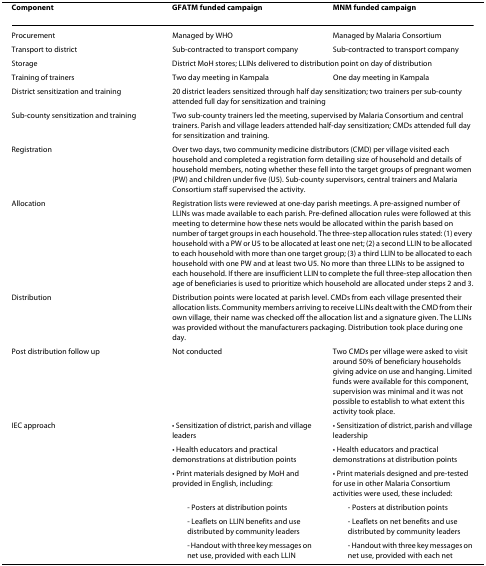
<table><thead><tr><td><b>Component</b></td><td><b>GFATM funded campaign</b></td><td><b>MNM funded campaign</b></td></tr></thead><tbody><tr><td>Procurement</td><td>Managed by WHO</td><td>Managed by Malaria Consortium</td></tr><tr><td>Transport to district</td><td>Sub-contracted to transport company</td><td>Sub-contracted to transport company</td></tr><tr><td>Storage</td><td colspan="2">District MoH stores; LLINs delivered to distribution point on day of distribution</td></tr><tr><td>Training of trainers</td><td>Two day meeting in Kampala</td><td>One day meeting in Kampala</td></tr><tr><td>District sensitization and training</td><td colspan="2">20 district leaders sensitized through half day sensitization; two trainers per sub-county attended full day for sensitization and training</td></tr><tr><td>Sub-county sensitization and training</td><td colspan="2">Two sub-county trainers led the meeting, supervised by Malaria Consortium and central trainers. Parish and village leaders attended half-day sensitization; CMDs attended full day for sensitization and training.</td></tr><tr><td>Registration</td><td colspan="2">Over two days, two community medicine distributors (CMD) per village visited each household and completed a registration form detailing size of household and details of household members, noting whether these fell into the target groups of pregnant women (PW) and children under five (U5). Sub-county supervisors, central trainers and Malaria Consortium staff supervised the activity.</td></tr><tr><td>Allocation</td><td colspan="2">Registration lists were reviewed at one-day parish meetings. A pre-assigned number of LLINs was made available to each parish. Pre-defined allocation rules were followed at this meeting to determine how these nets would be allocated within the parish based on number of target groups in each household. The three-step allocation rules stated: (1) every household with a PW or U5 to be allocated at least one net; (2) a second LLIN to be allocated to each household with more than one target group; (3) a third LLIN to be allocated to each household with one PW and at least two U5. No more than three LLINs to be assigned to each household. If there are insufficient LLIN to complete the full three-step allocation then age of beneficiaries is used to prioritize which household are allocated under steps 2 and 3.</td></tr><tr><td>Distribution</td><td colspan="2">Distribution points were located at parish level. CMDs from each village presented their allocation lists. Community members arriving to receive LLINs dealt with the CMD from their own village, their name was checked off the allocation list and a signature given. The LLINs was provided without the manufacturers packaging. Distribution took place during one day.</td></tr><tr><td>Post distribution follow up</td><td>Not conducted</td><td>Two CMDs per village were asked to visit around 50% of beneficiary households giving advice on use and hanging. Limited funds were available for this component, supervision was minimal and it was not possible to establish to what extent this activity took place.</td></tr><tr><td>IEC approach</td><td>• Sensitization of district, parish and village leaders</td><td>• Sensitization of district, parish and village leadership</td></tr><tr><td>[EMPTY_CELL]</td><td>• Health educators and practical demonstrations at distribution points</td><td>• Health educators and practical demonstrations at distribution points</td></tr><tr><td>[EMPTY_CELL]</td><td>• Print materials designed by MoH and provided in English, including:</td><td>• Print materials designed and pre-tested for use in other Malaria Consortium activities were used, these included:</td></tr><tr><td>[EMPTY_CELL]</td><td> - Posters at distribution points</td><td> - Posters at distribution points</td></tr><tr><td>[EMPTY_CELL]</td><td> - Leaflets on LLIN benefits and use distributed by community leaders</td><td> - Leaflets on net benefits and use distributed by community leaders</td></tr><tr><td>[EMPTY_CELL]</td><td> - Handout with three key messages on net use, provided with each LLIN</td><td> - Handout with three key messages on net use, provided with each net</td></tr></tbody></table>